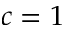
c = 1